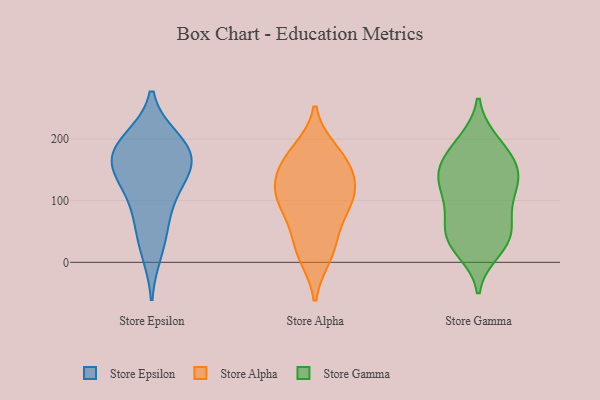
{"axis": {"x": "Market Share (%)", "y": "Value"}, "legend": ["Store Alpha", "Store Epsilon", "Store Gamma"], "data": [{"x": "", "y": 134, "type": "Store Epsilon"}, {"x": "", "y": 170, "type": "Store Epsilon"}, {"x": "", "y": 126, "type": "Store Epsilon"}, {"x": "", "y": 17, "type": "Store Epsilon"}, {"x": "", "y": 167, "type": "Store Epsilon"}, {"x": "", "y": 197, "type": "Store Epsilon"}, {"x": "", "y": 180, "type": "Store Epsilon"}, {"x": "", "y": 199, "type": "Store Epsilon"}, {"x": "", "y": 56, "type": "Store Epsilon"}, {"x": "", "y": 85, "type": "Store Epsilon"}, {"x": "", "y": 153, "type": "Store Epsilon"}, {"x": "", "y": 171, "type": "Store Alpha"}, {"x": "", "y": 180, "type": "Store Alpha"}, {"x": "", "y": 118, "type": "Store Alpha"}, {"x": "", "y": 109, "type": "Store Alpha"}, {"x": "", "y": 151, "type": "Store Alpha"}, {"x": "", "y": 116, "type": "Store Alpha"}, {"x": "", "y": 19, "type": "Store Alpha"}, {"x": "", "y": 48, "type": "Store Alpha"}, {"x": "", "y": 11, "type": "Store Alpha"}, {"x": "", "y": 157, "type": "Store Alpha"}, {"x": "", "y": 95, "type": "Store Alpha"}, {"x": "", "y": 86, "type": "Store Alpha"}, {"x": "", "y": 87, "type": "Store Gamma"}, {"x": "", "y": 154, "type": "Store Gamma"}, {"x": "", "y": 143, "type": "Store Gamma"}, {"x": "", "y": 19, "type": "Store Gamma"}, {"x": "", "y": 113, "type": "Store Gamma"}, {"x": "", "y": 194, "type": "Store Gamma"}, {"x": "", "y": 128, "type": "Store Gamma"}, {"x": "", "y": 176, "type": "Store Gamma"}, {"x": "", "y": 155, "type": "Store Gamma"}, {"x": "", "y": 47, "type": "Store Gamma"}, {"x": "", "y": 35, "type": "Store Gamma"}, {"x": "", "y": 61, "type": "Store Gamma"}, {"x": "", "y": 126, "type": "Store Gamma"}, {"x": "", "y": 39, "type": "Store Gamma"}, {"x": "", "y": 89, "type": "Store Gamma"}, {"x": "", "y": 33, "type": "Store Gamma"}, {"x": "", "y": 196, "type": "Store Gamma"}, {"x": "", "y": 146, "type": "Store Gamma"}]}